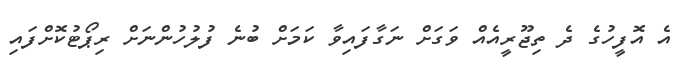
އެ އޮފީހުގެ ދެ ތިޖޫރީއެއް ވަގަށް ނަގާފައިވާ ކަމަށް ބުނެ ފުލުހުންނަށް ރިޕޯޓުކޮށްފައި